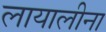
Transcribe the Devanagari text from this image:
लायालीना